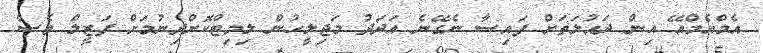
އެމްއެމްއޭ އިން ދައުލަތަށް ފައިސާ ނެގޭނެ އަދަދު މަޖިލީހުން ލިމިޓްކޮށްދިނުމަށް ފަޒީލް ވެސް